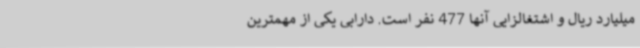
میلیارد ریال و اشتغالزایی آنها 477 نفر است. دارابی یکی از مهمترین